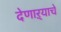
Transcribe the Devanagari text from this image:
देणाऱ्याचे